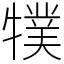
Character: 㹒